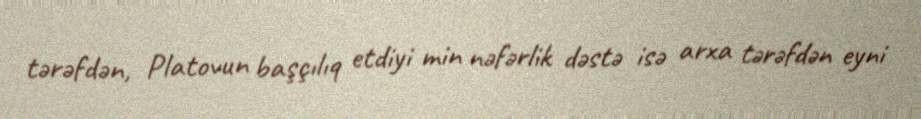
tərəfdən, Platovun başçılıq etdiyi min nəfərlik dəstə isə arxa tərəfdən eyni